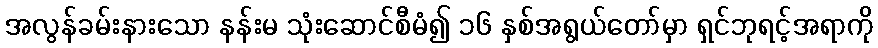
အလွန်ခမ်းနားသော နန်းမ သုံးဆောင်စီမံ၍ ၁၆ နှစ်အရွယ်တော်မှာ ရှင်ဘုရင့်အရာကို